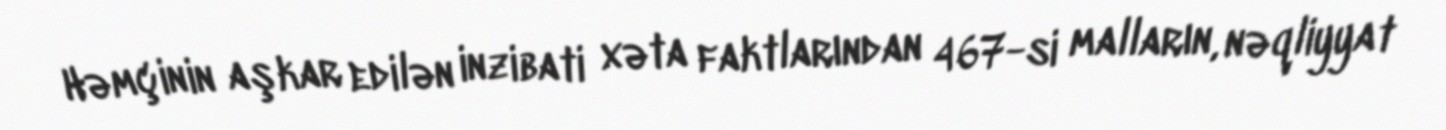
Həmçinin aşkar edilən inzibati xəta faktlarından 467-si malların, nəqliyyat